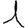
Digit: 1